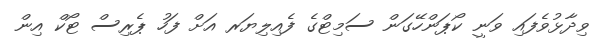
ވިދާޅުވެފައި ވަނީ ކޯޕަންހޭގަން ސަމިޓްގެ ފެއިލިޔަރ އަށް ފަހު ޕެރިސް ޓޯކް އިން